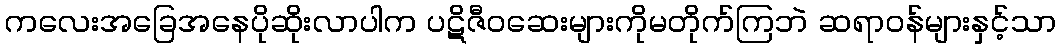
ကလေးအခြေအနေပိုဆိုးလာပါက ပဋိဇီဝဆေးများကိုမတိုက်ကြဘဲ ဆရာဝန်များနှင့်သာ